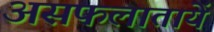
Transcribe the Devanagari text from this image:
असफलातायें